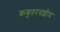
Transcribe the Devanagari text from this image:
कबूतरवंशीय